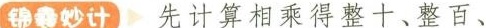
锦囊妙计 \triangleright 先计算相乘得整十、整百、